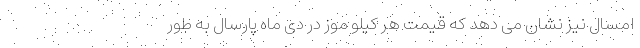
امسال نیز نشان می دهد که قیمت هر کیلو موز در دی ماه پارسال به طور